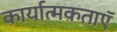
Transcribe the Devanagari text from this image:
कार्यात्मकताऍ